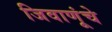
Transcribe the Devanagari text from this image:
जिवाणूंचे